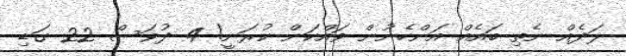
ލަދެއް ނެތި ބައެއް އަންހެނުން ވައްކަން ކުރަނީ! 4 ދުވަސް 22 ގަޑި